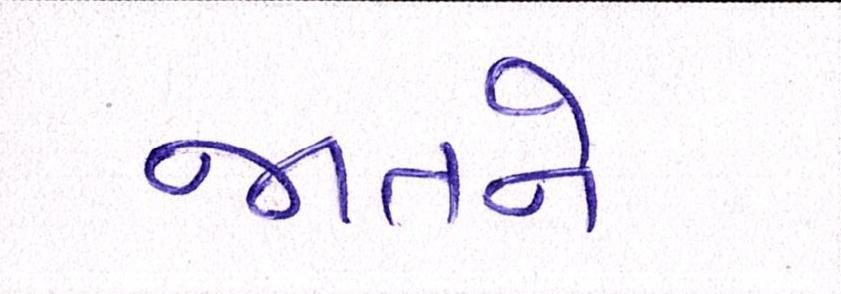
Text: જાતને